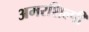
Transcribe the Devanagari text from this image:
अमरशिल्पी